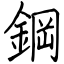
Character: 鋼